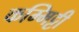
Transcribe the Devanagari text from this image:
कम्मिट्टी